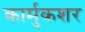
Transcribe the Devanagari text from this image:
कार्मुकशर